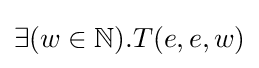
\exists (w\in {\mathbb {N} }).T(e,e,w)